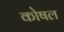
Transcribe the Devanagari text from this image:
कोषल